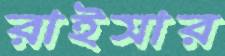
রাইসার